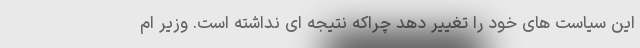
این سیاست های خود را تغییر دهد چراکه نتیجه ای نداشته است. وزیر ام